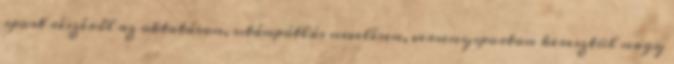
sport részéről az oktatáson, utánpótlás nevelésen, versenysporton keresztül nagy